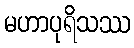
မဟာပုရိသဿ